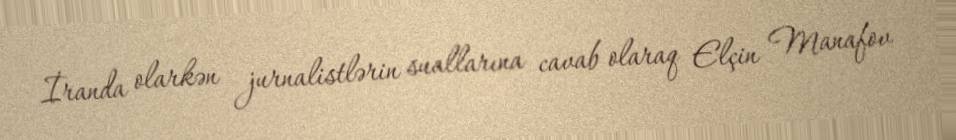
İranda olarkən jurnalistlərin suallarına cavab olaraq Elçin Manafov